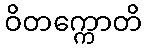
ဝိတက္ကောတိ